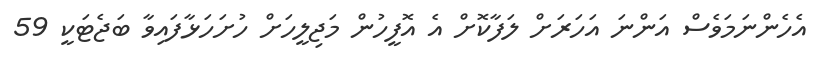
އެހެންނަމަވެސް އަންނަ އަހަރަށް ލަފާކޮށް އެ އޮފީހުން މަޖިލީހަށް ހުށަހަޅާފައިވާ ބަޖެޓަކީ 59